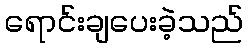
ရောင်းချပေးခဲ့သည်